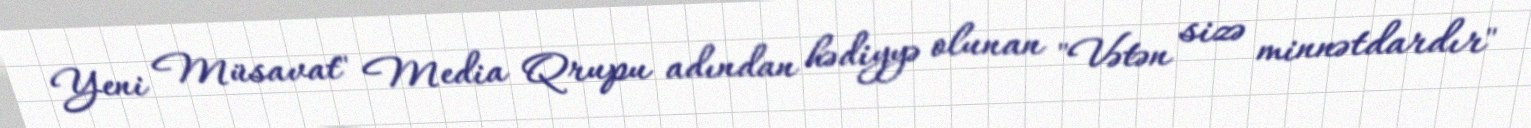
Yeni Müsavat" Media Qrupu adından hədiyyə olunan "Vətən sizə minnətdardır"